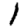
Digit: 1